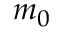
m _ { 0 }